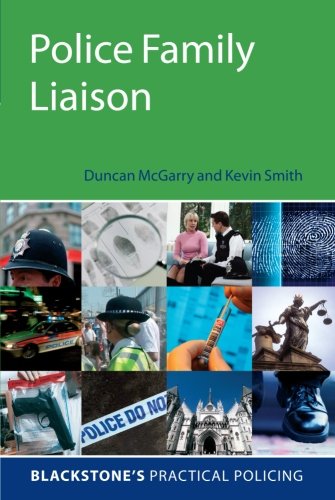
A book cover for Police Family Liaison (Blackstone's Practical Policing); Duncan McGarry; Law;